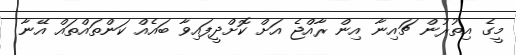
މީގެ އިތުރުން ޗައިނާ އިން ރާއްޖެ އަށް ކޮށްދީފައިވާ ބައެއް ކަންތައްތައް އޭނާ